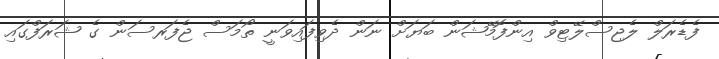
ފެޑެރަލް ލެޖިސްލޭޓިވް އިންފޮމޭޝަން ބަޔަށް ނަން ދެވިފައިވަނީ ތޯމަސް ޖެފަރސަން ގެ ޝަރަފްގައި